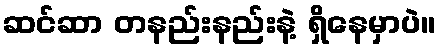
ဆင်ဆာ တနည်းနည်းနဲ့ ရှိနေမှာပဲ။